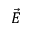
\vec { E }